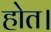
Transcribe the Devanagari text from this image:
होत।